School population in Scotland, 1937
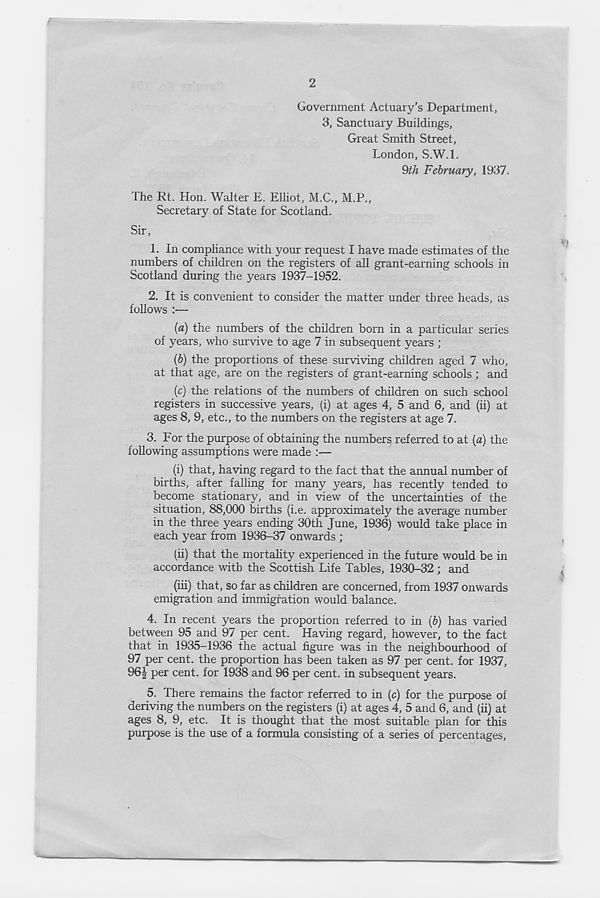
2
Government Actuary’s Department,
3,
Great Smith Street,
London, S.W.l.
9th February, 1937.
The Rt. Hon. Walter E. Elliot, M.C., M.P.,
Secretary of State for Scotland.
Sir,
1. In compliance with your request I have made estimates of the
numbers of children on the registers of all grant-earning schools in
Scotland during the years 1937-1952.
2. It is convenient to consider the matter under three heads, as
follows :—
{a) the numbers of the children born in a particular series
of years, who survive to age 7 in subsequent years ;
{b) the proportions of these surviving children aged 7 who,
at that age, are on the registers of grant-earning schools ; and
(c) the relations of the numbers of children on such school
registers in successive years, (i) at ages 4, 5 and 6, and (ii) at
ages 8, 9, etc., to the numbers on the registers at age 7.
3. For the purpose of obtaining the numbers referred to at [a) the
following assumptions were made :—
(i) that, having regard to the fact that the annual number of
births, after falling for many years, has recently tended to
become stationary, and in view of the uncertainties of the
situation, 88,000 births (i.e. approximately the average number
in the three years ending 30th June, 1936) would take place in
each year from 1936-37 onwards ;
(ii) that the mortality experienced in the future would be in
accordance with the Scottish Life Tables, 1930-32 ; and
(iii) that, so far as children are concerned, from 1937 onwards
emigration and immigration would balance.
4. In recent years the proportion referred to in (6) has varied
between 95 and 97 per cent. Having regard, however, to the fact
that in 1935-1936 the actual figure was in the neighbourhood of
97 per cent, the proportion has been taken as 97 per cent, for 1937,
96f per cent, for 1938 and 96 per cent, in subsequent years.
5. There remains the factor referred to in (c) for the purpose of
deriving the numbers on the registers (i) at ages 4, 5 and 6, and (ii) at
ages 8, 9, etc. It is thought that the most suitable plan for this
purpose is the use of a formula consisting of a series of percentages,